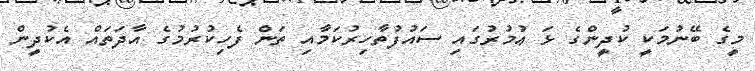
މީގެ ބޭނުމަކީ ކުދީންގެ ޅަ ޢުމުރުގައި ސައުފުތާހިރުކަމާއި ތަން ފެހިކުރުމުގެ އާދަތައް އެކުދީން